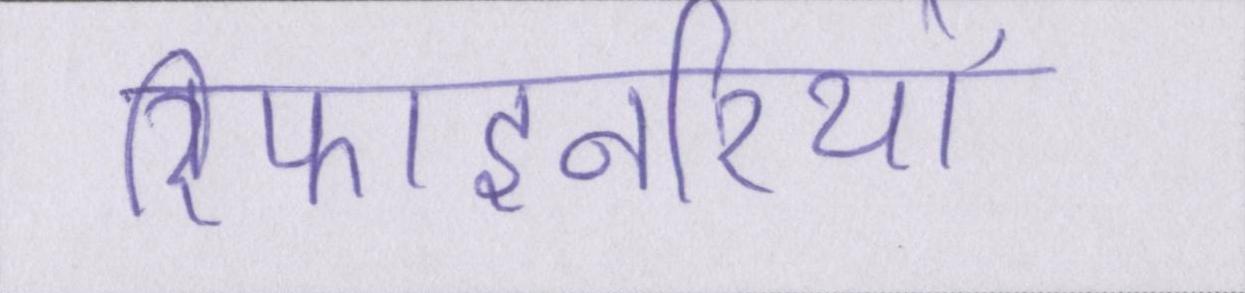
रिफाइनरियों